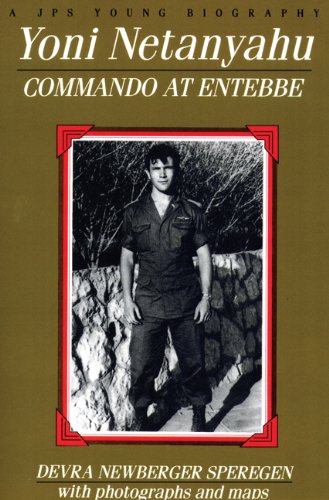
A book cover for Yoni Netanyahu: Commando at Entebbe (A JPS Young Biography Series); Devra Newberger Speregen; Teen & Young Adult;